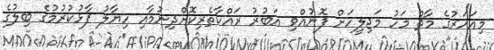
މިއަހަރުގެ މާޗް މަހު މަޖިލީހަށް ފޮނުއްވި އަބުރު ރައްކާތެރިކޮށްދިނުމާއި ހިޔާލު ފާޅުކުރުމުގެ ބިލުގެ